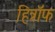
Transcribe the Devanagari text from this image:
हित्रॉफ